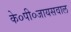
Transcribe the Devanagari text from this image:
के०पी०जायसवाल